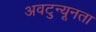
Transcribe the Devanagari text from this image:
अवटुन्यूनता